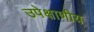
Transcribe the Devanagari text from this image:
उपेक्षाणीय